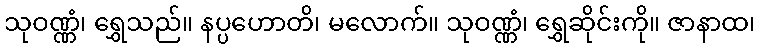
သုဝဏ္ဏံ၊ ရွှေသည်။ နပ္ပဟောတိ၊ မလောက်။ သုဝဏ္ဏံ၊ ရွှေဆိုင်းကို။ ဇာနာထ၊